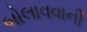
બોલાવવાની